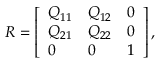
\begin{array} { r } { \boldsymbol { R } = \left[ \begin{array} { l l l } { Q _ { 1 1 } } & { Q _ { 1 2 } } & { 0 } \\ { Q _ { 2 1 } } & { Q _ { 2 2 } } & { 0 } \\ { 0 } & { 0 } & { 1 } \end{array} \right] , } \end{array}